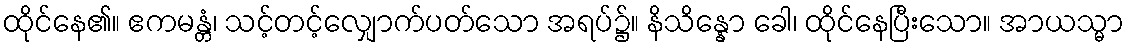
ထိုင်နေ၏။ ဧကမန္တံ၊ သင့်တင့်လျှောက်ပတ်သော အရပ်၌။ နိသိန္နော ခေါ၊ ထိုင်နေပြီးသော။ အာယသ္မာ